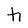
Character: h